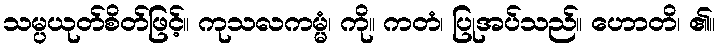
သမ္ပယုတ်စိတ်ဖြင့်။ ကုသလကမ္မံ၊ ကို။ ကတံ၊ ပြုအပ်သည်။ ဟောတိ၊ ၏။